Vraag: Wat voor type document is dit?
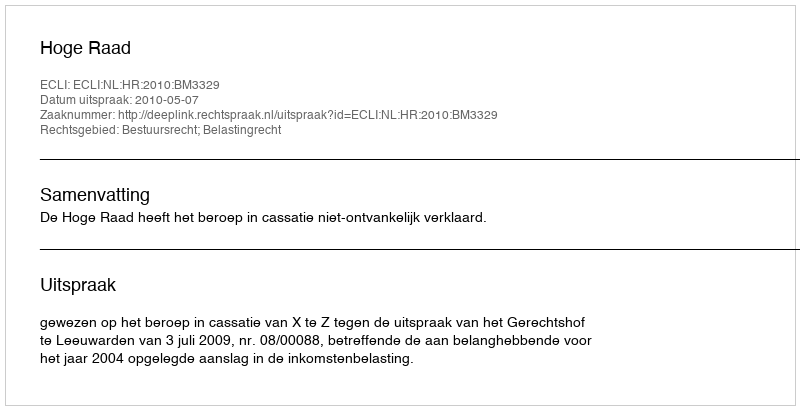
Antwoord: Uitspraak